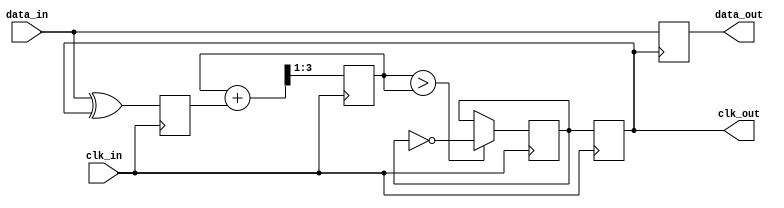
module ClockRecoveryPLL(
    input wire clk_in,                // Incoming data clock
    input wire data_in,               // Incoming data signal
    output reg clk_out,               // Output recovered clock
    output reg data_out               // Output synchronized data
);

    // Parameters
    parameter integer N = 4;          // Oversampling factor
    parameter real K_vco = 1.0;       // VCO gain constant

    // Internal signals
    reg [N-1:0] phase_count = 0;      // Phase accumulation
    reg [N-1:0] phase_error = 0;      // Phase error signal
    reg [N-1:0] control_voltage = 0;  // Control voltage for VCO
    reg [3:0] memory_block [0:15];     // Memory block for phase information
    integer memory_index = 0;          // Memory index pointer
    reg vco_output = 0;                // VCO output signal

    // Phase Detector (PD)
    always @(posedge clk_in) begin
        // Simple phase detection logic
        phase_error <= (data_in ^ clk_out); // XOR to find phase difference
        phase_count <= phase_count + 1;
        if (phase_error)
            memory_block[memory_index] <= phase_count; // Store phase information
            
        // Update memory index (wrap around)
        memory_index <= (memory_index + 1) % 16; 
    end

    // Loop Filter (LF)
    always @(posedge clk_in) begin
        // Simple low-pass filter (average phase errors)
        control_voltage <= (control_voltage + phase_error) >> 1; // Averaging
    end

    // Voltage-Controlled Oscillator (VCO)
    always @(posedge clk_in) begin
        // Adjust the frequency of the VCO based on control voltage
        if (control_voltage > control_voltage) begin
            vco_output <= ~vco_output; // Toggle output based on control
        end
        
        clk_out <= vco_output; // Output the VCO signal as clk_out
    end

    // Synchronized data output
    always @(posedge clk_out) begin
        data_out <= data_in; // Sample incoming data with recovered clock
    end

endmodule